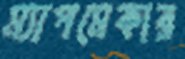
ম্যাপমেকার